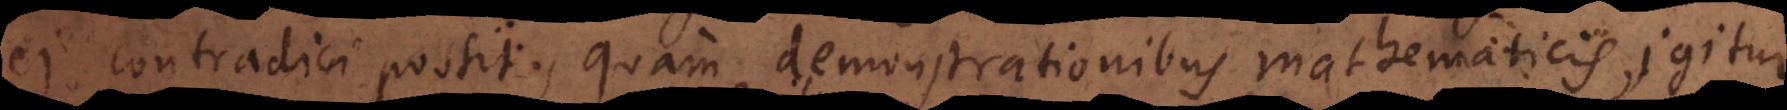
ei contradici possit, quam demonstrationibus mathematicis, id